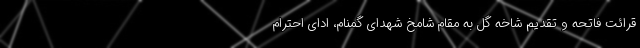
قرائت فاتحه و تقدیم شاخه گل به مقام شامخ شهدای گمنام، ادای احترام